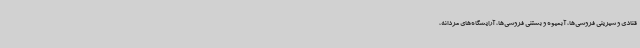
قنادی و شیرینی فروشی‌ها، آبمیوه و بستنی فروشی‌ها، آرایشگاه‌های مردانه،